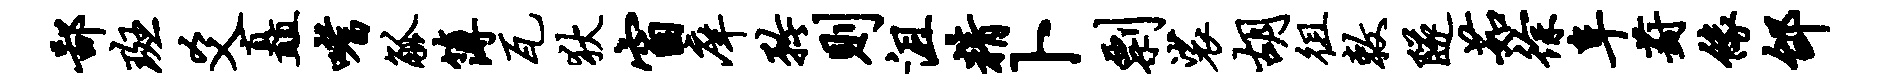
鄙斑爻矗嗜觚簿瓦狄窗庠矜则沮精卜剽裟胡徂敕隧茹徐阜葑缘邰